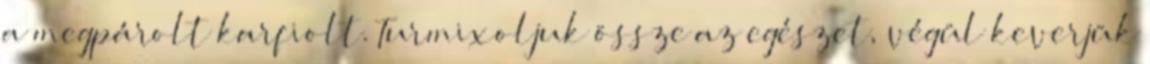
a megpárolt karfiolt. Turmixoljuk össze az egészet, végül keverjük